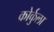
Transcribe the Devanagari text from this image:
कोर्कुला